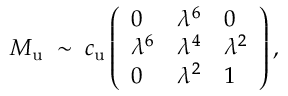
M _ { \mathrm { u } } \; \sim \; c _ { \mathrm { u } } \left( \begin{array} { l l l } { { 0 } } & { { \lambda ^ { 6 } } } & { { 0 } } \\ { { \lambda ^ { 6 } } } & { { \lambda ^ { 4 } } } & { { \lambda ^ { 2 } } } \\ { { 0 } } & { { \lambda ^ { 2 } } } & { { 1 } } \end{array} \right) ,